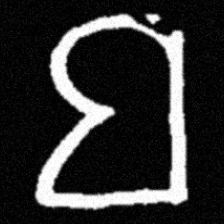
Pyu character \u2014 Myanmar letter: ဗ (romanized: ba)